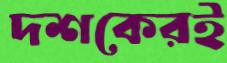
দশকেরই